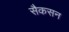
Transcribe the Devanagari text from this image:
सैकसन